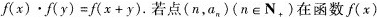
$$f ( x ) \cdot f ( y ) = f ( x + y )$$.若点(n，a_{n})(n \in N_{+})在函数f(x)